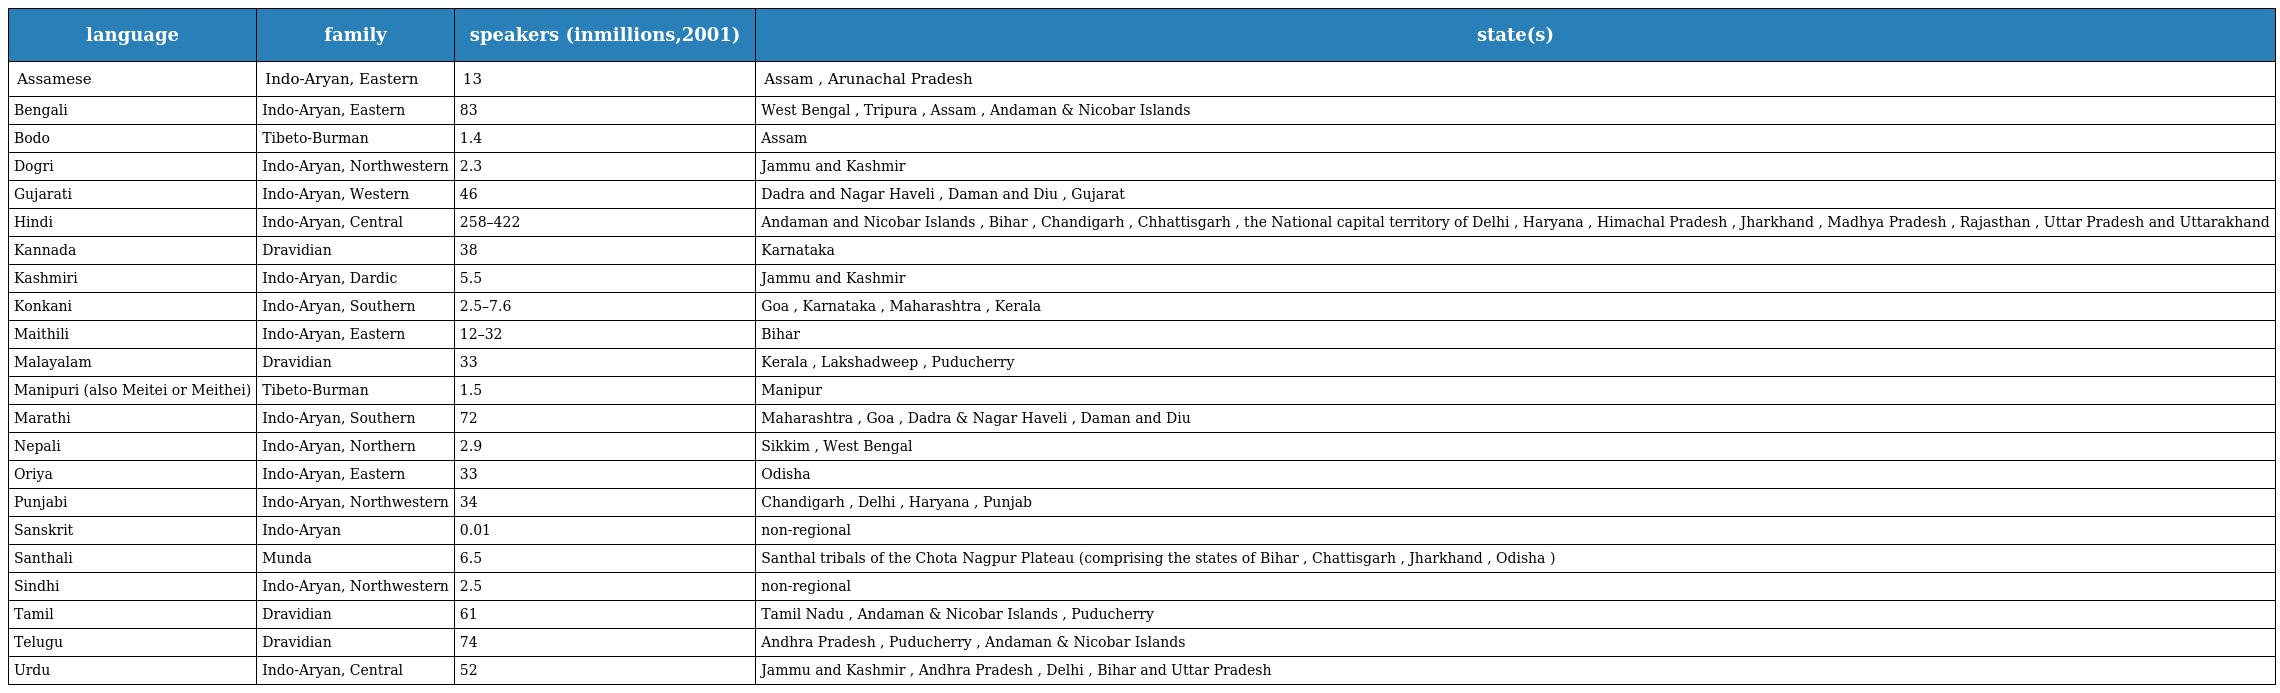
| language | family | speakers (inmillions,2001) | state(s) |
 | --- | --- | --- | --- |
 | Assamese | Indo-Aryan, Eastern | 13 | Assam , Arunachal Pradesh |
 | Bengali | Indo-Aryan, Eastern | 83 | West Bengal , Tripura , Assam , Andaman & Nicobar Islands |
 | Bodo | Tibeto-Burman | 1.4 | Assam |
 | Dogri | Indo-Aryan, Northwestern | 2.3 | Jammu and Kashmir |
 | Gujarati | Indo-Aryan, Western | 46 | Dadra and Nagar Haveli , Daman and Diu , Gujarat |
 | Hindi | Indo-Aryan, Central | 258–422 | Andaman and Nicobar Islands , Bihar , Chandigarh , Chhattisgarh , the National capital territory of Delhi , Haryana , Himachal Pradesh , Jharkhand , Madhya Pradesh , Rajasthan , Uttar Pradesh and Uttarakhand |
 | Kannada | Dravidian | 38 | Karnataka |
 | Kashmiri | Indo-Aryan, Dardic | 5.5 | Jammu and Kashmir |
 | Konkani | Indo-Aryan, Southern | 2.5–7.6 | Goa , Karnataka , Maharashtra , Kerala |
 | Maithili | Indo-Aryan, Eastern | 12–32 | Bihar |
 | Malayalam | Dravidian | 33 | Kerala , Lakshadweep , Puducherry |
 | Manipuri (also Meitei or Meithei) | Tibeto-Burman | 1.5 | Manipur |
 | Marathi | Indo-Aryan, Southern | 72 | Maharashtra , Goa , Dadra & Nagar Haveli , Daman and Diu |
 | Nepali | Indo-Aryan, Northern | 2.9 | Sikkim , West Bengal |
 | Oriya | Indo-Aryan, Eastern | 33 | Odisha |
 | Punjabi | Indo-Aryan, Northwestern | 34 | Chandigarh , Delhi , Haryana , Punjab |
 | Sanskrit | Indo-Aryan | 0.01 | non-regional |
 | Santhali | Munda | 6.5 | Santhal tribals of the Chota Nagpur Plateau (comprising the states of Bihar , Chattisgarh , Jharkhand , Odisha ) |
 | Sindhi | Indo-Aryan, Northwestern | 2.5 | non-regional |
 | Tamil | Dravidian | 61 | Tamil Nadu , Andaman & Nicobar Islands , Puducherry |
 | Telugu | Dravidian | 74 | Andhra Pradesh , Puducherry , Andaman & Nicobar Islands |
 | Urdu | Indo-Aryan, Central | 52 | Jammu and Kashmir , Andhra Pradesh , Delhi , Bihar and Uttar Pradesh |